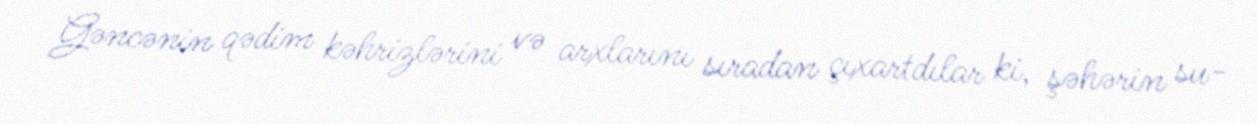
Gəncənin qədim kəhrizlərini və arxlarını sıradan çıxartdılar ki, şəhərin su-